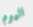
اليوم